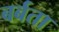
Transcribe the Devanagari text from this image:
बर्बता